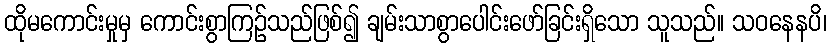
ထိုမကောင်းမှုမှ ကောင်းစွာကြဉ်သည်ဖြစ်၍ ချမ်းသာစွာပေါင်းဖော်ခြင်းရှိသော သူသည်။ သဝနေနပိ၊